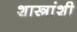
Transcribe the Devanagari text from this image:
शास्त्रांशी